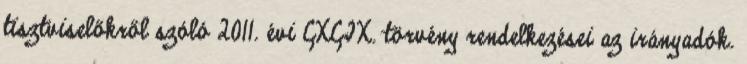
tisztviselőkről szóló 2011. évi CXCIX. törvény rendelkezései az irányadók.